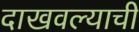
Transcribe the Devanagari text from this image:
दाखवल्याची